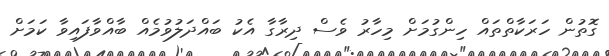
ގޮތުން ހަރަކާތްތައް ހިންގުމަށް މިހާރު ވެސް ދިރާގާ އެކު ބައްދަލުވުމެއް ބާއްވާފައިވާ ކަމަށް